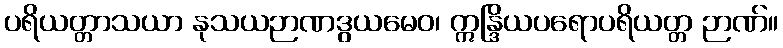
ပရိယတ္တာသယာ နုသယဉာဏဒွယမေဝ၊ ဣန္ဒြိယပရောပရိယတ္တ ဉာဏ်။